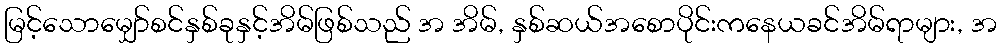
မြင့်သောမျှော်စင်နှစ်ခုနှင့်အိမ်ဖြစ်သည် အ အိမ်, နှစ်ဆယ်အစောပိုင်းကနေယခင်အိမ်ရာများ, အ